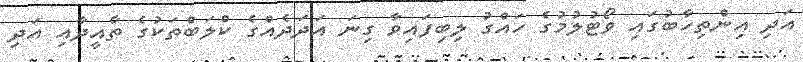
އަދި އިންތިހާބުގައި ވޯޓުލުމުގެ ހައްގު ލިބިފައިވާ ގިނަ އަދަދެއްގެ ކްލަބްތަކުގެ ތާއީދާއި އަދި